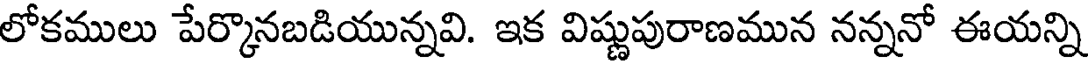
లోకములు పేర్కొనబడియున్నవి. ఇక విష్ణుపురాణమున నన్ననో ఈయన్ని